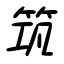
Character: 筑